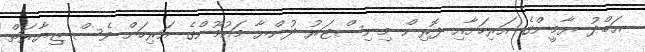
އަބްދު ޔާމީންގެ އަރިހަށާއި ފޮރިން މިނިސްޓަރު ދުންޔާ މައުމޫންގެ އަރިހަށް ވެސް ޒިޔާރަތް